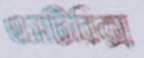
এসটিরিক্স